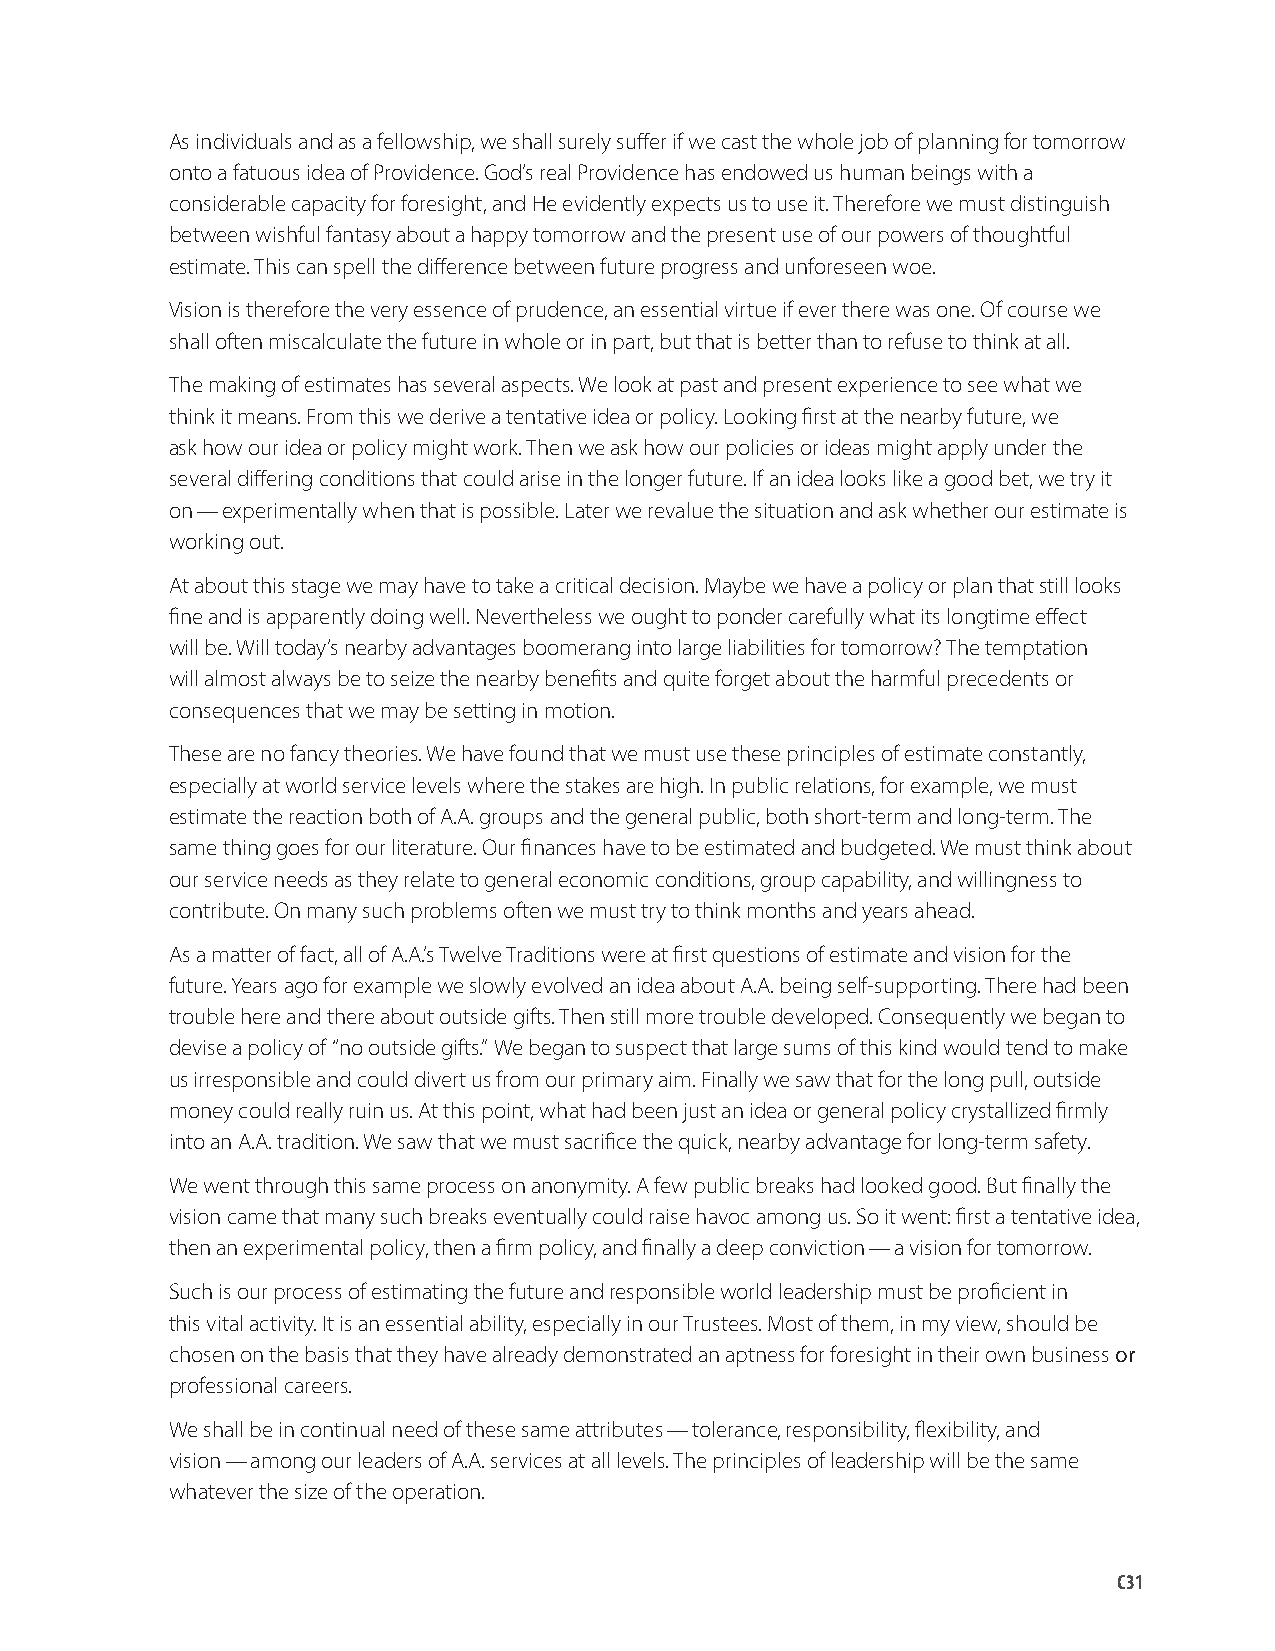
As individuals and as a fellowship, we shall surely suffer if we cast the whole job of planning for tomorrow
 onto a fatuous idea of Providence. God’s real Providence has endowed us human beings with a
 considerable capacity for foresight, and He evidently expects us to use it. Therefore we must distinguish
 between wishful fantasy about a happy tomorrow and the present use of our powers of thoughtful
 estimate. This can spell the difference between future progress and unforeseen woe.
 Vision is therefore the very essence of prudence, an essential virtue if ever there was one. Of course we
 shall often miscalculate the future in whole or in part, but that is better than to refuse to think at all.
 The making of estimates has several aspects. We look at past and present experience to see what we
 think it means. From this we derive a tentative idea or policy. Looking first at the nearby future, we
 ask how our idea or policy might work. Then we ask how our policies or ideas might apply under the
 several differing conditions that could arise in the longer future. If an idea looks like a good bet, we try it
 on — experimentally when that is possible. Later we revalue the situation and ask whether our estimate is
 working out.
 At about this stage we may have to take a critical decision. Maybe we have a policy or plan that still looks
 fine and is apparently doing well. Nevertheless we ought to ponder carefully what its longtime effect
 will be. Will today’s nearby advantages boomerang into large liabilities for tomorrow? The temptation
 will almost always be to seize the nearby benefits and quite forget about the harmful precedents or
 consequences that we may be setting in motion.
 These are no fancy theories. We have found that we must use these principles of estimate constantly,
 especially at world service levels where the stakes are high. In public relations, for example, we must
 estimate the reaction both of A.A. groups and the general public, both short-term and long-term. The
 same thing goes for our literature. Our finances have to be estimated and budgeted. We must think about
 our service needs as they relate to general economic conditions, group capability, and willingness to
 contribute. On many such problems often we must try to think months and years ahead.
 As a matter of fact, all of A.A.’s Twelve Traditions were at first questions of estimate and vision for the
 future. Years ago for example we slowly evolved an idea about A.A. being self-supporting. There had been
 trouble here and there about outside gifts. Then still more trouble developed. Consequently we began to
 devise a policy of “no outside gifts.” We began to suspect that large sums of this kind would tend to make
 us irresponsible and could divert us from our primary aim. Finally we saw that for the long pull, outside
 money could really ruin us. At this point, what had been just an idea or general policy crystallized firmly
 into an A.A. tradition. We saw that we must sacrifice the quick, nearby advantage for long-term safety.
 We went through this same process on anonymity. A few public breaks had looked good. But finally the
 vision came that many such breaks eventually could raise havoc among us. So it went: first a tentative idea,
 then an experimental policy, then a firm policy, and finally a deep conviction — a vision for tomorrow.
 Such is our process of estimating the future and responsible world leadership must be proficient in
 this vital activity. It is an essential ability, especially in our Trustees. Most of them, in my view, should be
 chosen on the basis that they have already demonstrated an aptness for foresight in their own business or
 professional careers.
 We shall be in continual need of these same attributes — tolerance, responsibility, flexibility, and
 vision — among our leaders of A.A. services at all levels. The principles of leadership will be the same
 whatever the size of the operation.
 C31